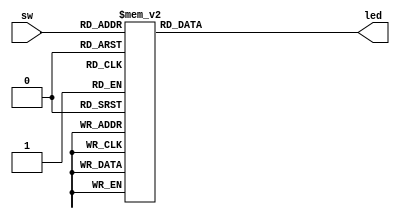
`timescale 1ns / 1ps
//////////////////////////////////////////////////////////////////////////////////
// Company: 
// Engineer: 
// 
// Design Name: 
// Module Name: decoder
// Project Name: lab-1-ece3829
// Target Devices: 
// Tool Versions: 
// Description: 8 bit decoder
// 
// Dependencies: 
// 
// Revision:
// Revision 0.01 - File Created
// Additional Comments:
// 
//////////////////////////////////////////////////////////////////////////////////


module decoder(
    input [2:0] sw,
    output reg [7:0] led
    );
    
    always @ (sw)
        case(sw)
            3'b000 : led = 8'b00000001;
            3'b001 : led = 8'b00000010;
            3'b010 : led = 8'b00000100;
            3'b011 : led = 8'b00001000;
            3'b100 : led = 8'b00010000;
            3'b101 : led = 8'b00100000;
            3'b110 : led = 8'b01000000;
            3'b111 : led = 8'b10000000;
         endcase
endmodule